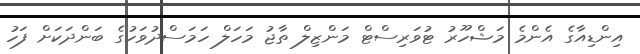
އިންޑިއާގެ އެންމެ މަޝްހޫރު ޓުވަރިސްޓް މަންޒިލް ތާޖު މަހަލް ހަމަސްދުވަހުގެ ބަންދަކަށް ފަހު